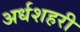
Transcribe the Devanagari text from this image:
अर्धशहरी